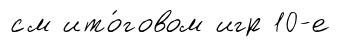
см ито́говом игр 10-е